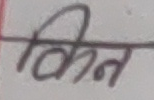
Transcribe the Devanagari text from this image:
किन